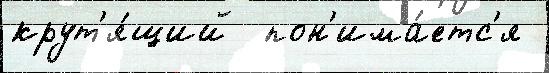
крут'я́щий  пон'има́етс'я